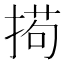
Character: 𫽚